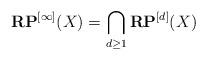
LaTeX: \begin{align*}\mathbf{RP}^{[\infty]}(X)=\bigcap_{d\geq1}\mathbf{RP}^{[d]}(X)\end{align*}